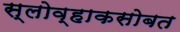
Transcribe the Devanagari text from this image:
स्लोव्हाकसोबत